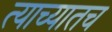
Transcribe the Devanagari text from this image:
त्याच्यातच